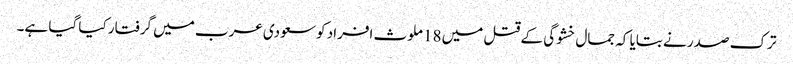
ترک صدر نے بتایا کہ جمال خشوگی کے قتل میں 18 ملوث افراد کو سعودی عرب میں گرفتار کیا گیا ہے۔